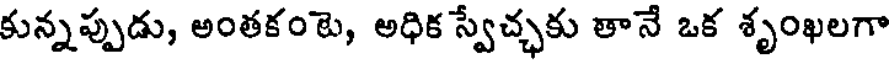
కున్నప్పుడు, అంతకంటె, అధిక స్వేచ్ఛకు తానే ఒక శృంఖలగా